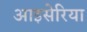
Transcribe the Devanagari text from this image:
आइसेरिया